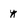
Character: y